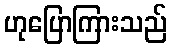
ဟုပြောကြားသည်